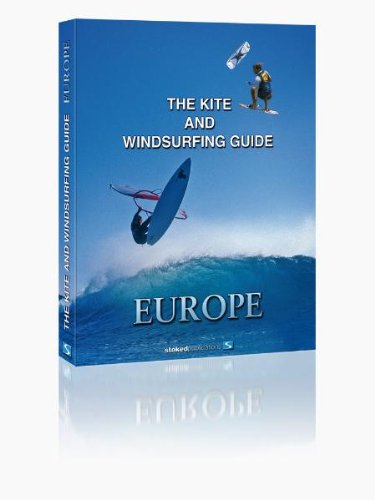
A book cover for The Kite and Windsurfing Guide Europe: The First Comprehensive Spotguide for Kitesurfing and Windsurfing in Europe; Travel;